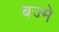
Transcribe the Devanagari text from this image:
बज्मे